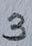
Text: 3